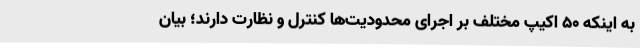
به اینکه 50 اکیپ مختلف بر اجرای محدودیت‌ها کنترل و نظارت دارند؛ بیان